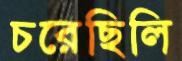
চরেছিলি